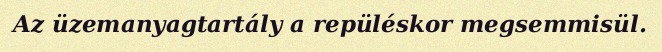
Az üzemanyagtartály a repüléskor megsemmisül.